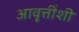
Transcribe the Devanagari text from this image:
आवृत्तींशी